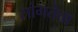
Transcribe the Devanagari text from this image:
सांगतेचा